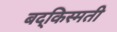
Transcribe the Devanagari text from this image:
बद्किस्मती